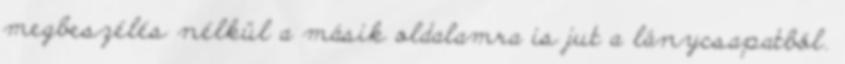
megbeszélés nélkül a másik oldalamra is jut a lánycsapatból.